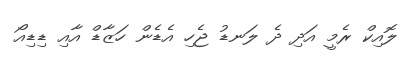
ލޮއިކް ރެމީ އަދި ދެ ލަނޑު ޖެހި އެޑެން ހަޒާޑް އާއި ޑިޑިއޯ